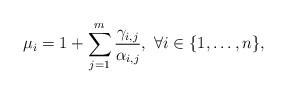
LaTeX: \begin{align*}\mu_i = 1 + \sum_{j=1}^{m}\frac{\gamma_{i,j}}{\alpha_{i,j}}, \ \forall i\in\{1,\ldots,n\}, \end{align*}